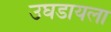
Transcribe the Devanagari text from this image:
उघडायला